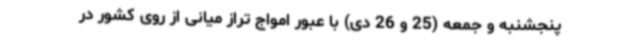
پنجشنبه و جمعه (25 و 26 دی) با عبور امواج تراز میانی از روی کشور در